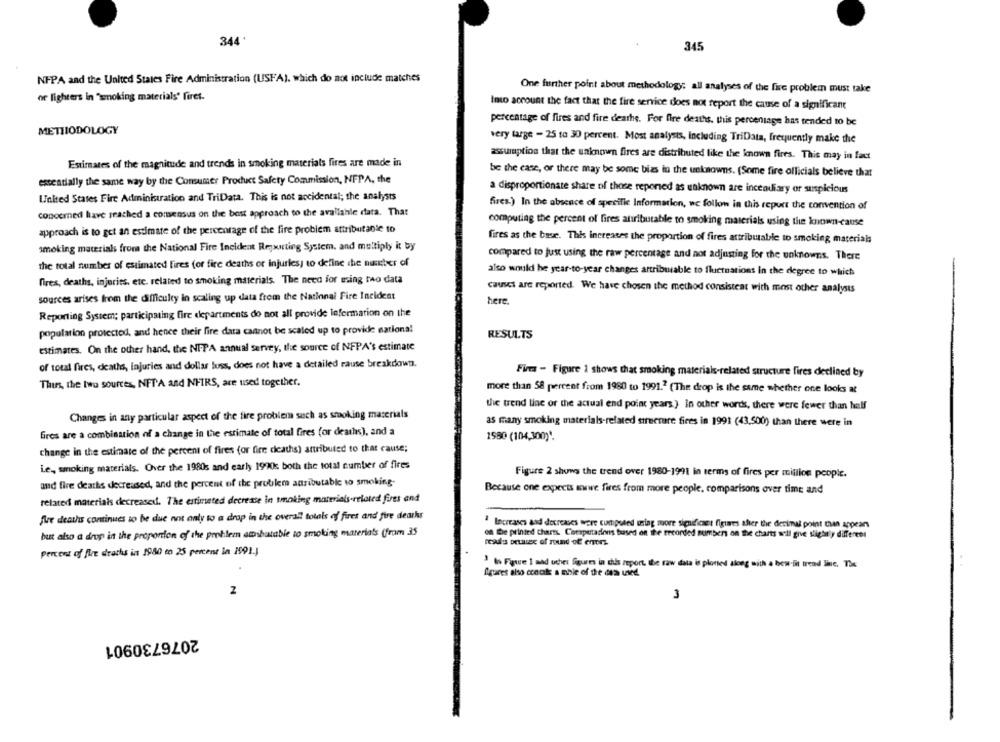
344
345
NFPA and the United States Fire Administration (USFA), which do not include matches
One further point about methodology; all analyses of the fire problem must take
of fighters in "smoking materials" firet.
Into account the fact that the fire service does not report the cause of a significant
percentage of fires and fire deaths. For fire deaths. this percentage has tended to be
METHODOLOGY
very large - 25 to 30 percent. Most analysis, Including TriData, frequently make the
assumption that the unknown fires are distributed like the known fires. This may in fact
Estimates of the magnitude and trends in smoking materials fires are made in
essentially the same way by the Consumer Product Safety Commission, NFPA, the
be the case, or there may be some bias in the unknowns. (Some fire officials believe that
a disproportionate share of those reponed as uaknown are incendiary or suspicious
United States Fire Administration and TriData. This is not accidental; the analysts
fires.) In the absence of specific Information, wc follow in this report the convention of
concerned have reached a consensus on the best approach to the available data. That
computing the percent of fires atributable to smoking materials using the known-cause
approach is to get an estimate of the percentage of the fire problem attributable to
fires as the base. This increases the proportion of fires attributable to smoking materials
smoking materials from the National Fire Incident Reporting System, and multiply it by
compared to just using the raw percentage and not adjusting for the unknowns. There
the total number of estimated Fires for fire deaths or injuries) to define the number of
also would he year-to-year changes artribuiable to fluctuations in the degree to which
fires, deaths, injuries, etc. related to smoking materials. The need for using two data
causci are reported. We have chosen the method consistent with most other analysts
sources arises from the difficulty in scaling up data from the National Fire Incident
here
Reporting System; participating fire departments do not all provide information on the
population protectod, and hence their fire data cannot be scaled up to provide national
RESULTS
Estimates. On the other hand, the NFPA annual servey, the source of NFPA's estimate
of total fires, deathss, injuries and dollar luss, does not have a detailed rause breakdown.
Firma - Figure 1 shows that smoking materials-related structure fires declined by
Thus, the two sources, NFTA and NFIRS, are used together.
more than 58 percent from 1980 to 1991.2 (The drop is the same whether one looks at
the trend line of the actual end point years ) in other words, there were fewer than hell
Changes in any particular aspect of the fire problem such as smoking materials
as many smoking materials-related structure fires in 1991 (43,500) than there were in
Gires are a combination of a change in the estimate of total fires for deaths), and a
1580 (104,300)".
change in the estimate of the percent of fires (or fire deaths) attributed to that cause;
Le ,, smoking materials. Over the 1980s and early 1970k both the total number of fires
Figure 2 shows the trend over 1980-1991 in terms of fires per million people.
and fire deaths decreased, and the percent of the problem ansibutable to smoking-
Because one expects swe fires from more people, comparisons over time and
related materials decreased. The estimated decrease In tmoking materials-related firts and
Are deaths continues to be due not only to a drop in the overall totals of fires and fire deaths
2 Increases and decreases wore cumpsted using more significant figures after the decimal point then appears
but also a drop in the proportion of the problem amibutable to smoking materiats (from 35
on be printed charts Computadions based on the recorded numbers on the charts will give slightly different
readlis betuse of sound of erorz.
percent of fire deacks in 1980 to 25 percent in 1991.)
' Is Fywe I and uches figures in this report, the raw data is ploned along with a bow iit trend line. The
Agares also ccool: a chie of the des uved.
2
3
2076730901